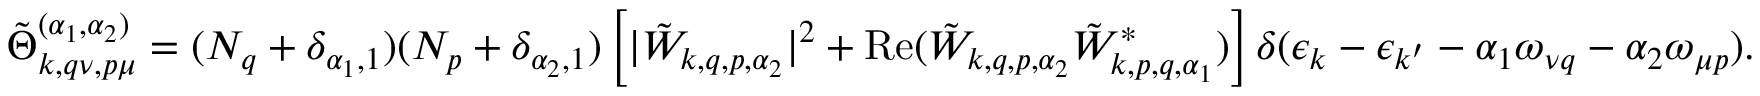
\tilde { \Theta } _ { \boldsymbol { k } , \boldsymbol { q } \nu , \boldsymbol { p } \mu } ^ { ( \alpha _ { 1 } , \alpha _ { 2 } ) } = ( N _ { \boldsymbol { q } } + \delta _ { \alpha _ { 1 } , 1 } ) ( N _ { \boldsymbol { p } } + \delta _ { \alpha _ { 2 } , 1 } ) \left[ | \tilde { W } _ { \boldsymbol { k } , \boldsymbol { q } , \boldsymbol { p } , \alpha _ { 2 } } | ^ { 2 } + \mathrm { R e } ( \tilde { W } _ { \boldsymbol { k } , \boldsymbol { q } , \boldsymbol { p } , \alpha _ { 2 } } \tilde { W } _ { \boldsymbol { k } , \boldsymbol { p } , \boldsymbol { q } , \alpha _ { 1 } } ^ { * } ) \right] \delta ( \epsilon _ { \boldsymbol { k } } - \epsilon _ { \boldsymbol { k } ^ { \prime } } - \alpha _ { 1 } \omega _ { \nu \boldsymbol { q } } - \alpha _ { 2 } \omega _ { \mu \boldsymbol { p } } ) .